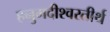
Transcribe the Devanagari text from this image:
हनुमदीश्वरतीर्थ